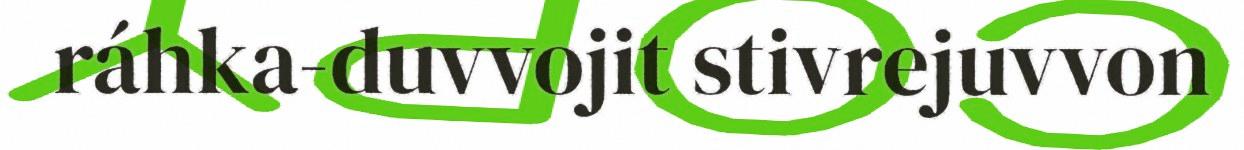
ráhka-duvvojit stivrejuvvon